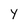
Character: Y